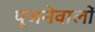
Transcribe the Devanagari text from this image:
पूजनेवालों